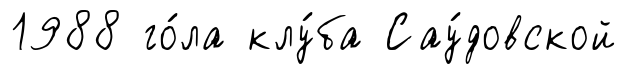
1988 го́ла клу́ба Сау́довской